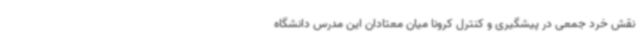
نقش خرد جمعی در پیشگیری و کنترل کرونا میان معتادان این مدرس دانشگاه